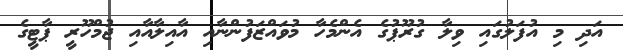
އަދި މި އުފަލުގައި ވިލާ ގުރޫޕުގެ އެންމެހާ މުވައްޒަފުންނާއި އާއިލާއާއި ޖުމްހޫރީ ޕާޓީގެ